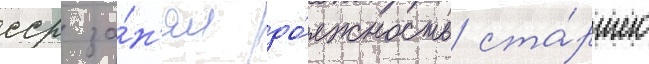
сср за́н'ял до́лжность ста́ршего